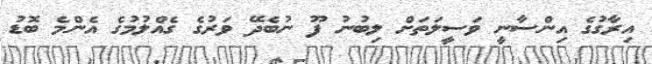
އިރާގުގެ އިންސާނީ ވަސީލަތަށް ލިބުނު ފޫ ނުބެދޭ ވަރުގެ ގެއްލުމުގެ އެންމެ ބޮޑު